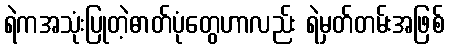
ရဲကအသုံးပြုတဲ့ဓာတ်ပုံတွေဟာလည်း ရဲမှတ်တမ်းအဖြစ်